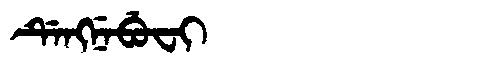
Manchu: ᡩᡝᠩᠨᡝᠪᡠᠸᡳ
Romanization: DENGNEBUFI